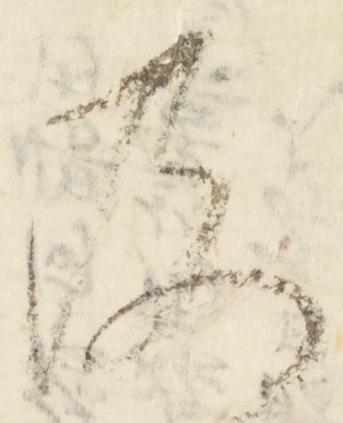
及